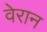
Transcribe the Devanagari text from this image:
वेरान